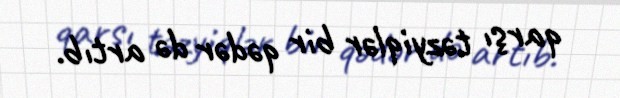
qarşı təzyiqlər bir qədər də artıb.